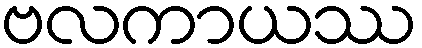
ဗလကာယဿ